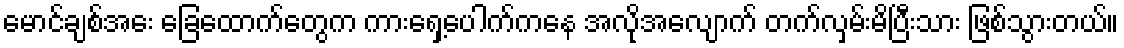
မောင်ချစ်အေး ခြေထောက်တွေက ကားရှေ့ပေါက်ကနေ အလိုအလျောက် တက်လှမ်းမိပြီးသား ဖြစ်သွားတယ်။